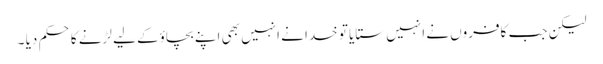
لیکن جب کافروں نے انہیں ستایا تو خدا نے انہیں بھی اپنے بچاؤکے لیے لڑنے کا حکم دیا ۔